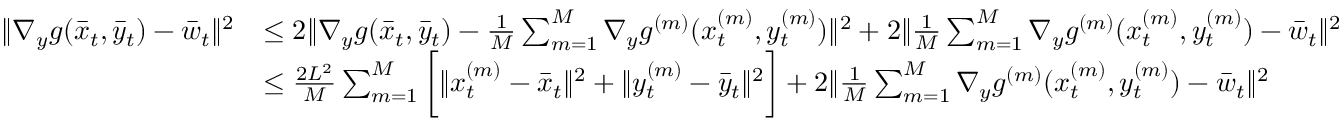
\begin{array} { r l } { \| \nabla _ { y } g ( \bar { x } _ { t } , \bar { y } _ { t } ) - \bar { w } _ { t } \| ^ { 2 } } & { \leq 2 \| \nabla _ { y } g ( \bar { x } _ { t } , \bar { y } _ { t } ) - \frac { 1 } { M } \sum _ { m = 1 } ^ { M } \nabla _ { y } g ^ { ( m ) } ( x _ { t } ^ { ( m ) } , y _ { t } ^ { ( m ) } ) \| ^ { 2 } + 2 \| \frac { 1 } { M } \sum _ { m = 1 } ^ { M } \nabla _ { y } g ^ { ( m ) } ( x _ { t } ^ { ( m ) } , y _ { t } ^ { ( m ) } ) - \bar { w } _ { t } \| ^ { 2 } } \\ & { \leq \frac { 2 L ^ { 2 } } { M } \sum _ { m = 1 } ^ { M } \bigg [ \| x _ { t } ^ { ( m ) } - \bar { x } _ { t } \| ^ { 2 } + \| y _ { t } ^ { ( m ) } - \bar { y } _ { t } \| ^ { 2 } \bigg ] + 2 \| \frac { 1 } { M } \sum _ { m = 1 } ^ { M } \nabla _ { y } g ^ { ( m ) } ( x _ { t } ^ { ( m ) } , y _ { t } ^ { ( m ) } ) - \bar { w } _ { t } \| ^ { 2 } } \end{array}